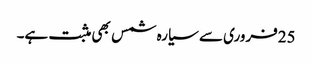
25فروری سے سیارہ شمس بھی مثبت ہے۔